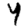
Digit: 4